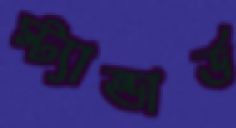
স্ট্যান্ডার্ড